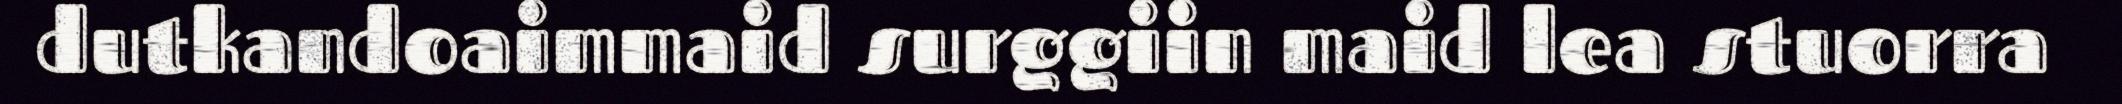
dutkandoaimmaid surggiin maid lea stuorra